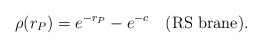
\begin{align*}\rho(r_P)=e^{-r_P}-e^{-c}~~~\mbox{(RS brane)}.\end{align*}